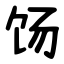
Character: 饧